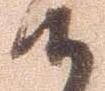
候